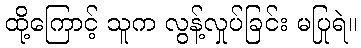
ထို့ကြောင့် သူက လွန့်လှုပ်ခြင်း မပြုရဲ။